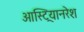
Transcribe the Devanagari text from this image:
आस्ट्रियानरेश